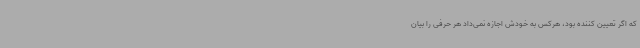
که اگر تعیین کننده بود، هرکس به خودش اجازه نمی‌داد هر حرفی را بیان